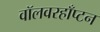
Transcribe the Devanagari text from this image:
वॉलवरहाँप्टन